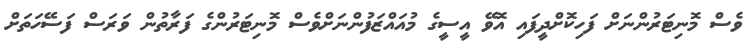
ވެސް މޮނިޓަރުންނަށް ފަހިކޮށްދީފައި އޮވޭ އީސީގެ މުއައްޒަފުންނަށްވެސް މޮނިޓަރުންގެ ފަރާތުން ވަރަސް ފަސޭހަތަށް